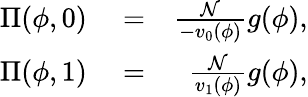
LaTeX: \begin{array}{rlr}{\Pi(\phi,0)}&{{}=}&{\frac{{\cal N}}{-v_{0}(\phi)}g(\phi),}\\ {\Pi(\phi,1)}&{{}=}&{\frac{\cal N}{v_{1}(\phi)}g(\phi),}\end{array}